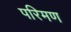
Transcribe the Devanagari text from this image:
परिमण